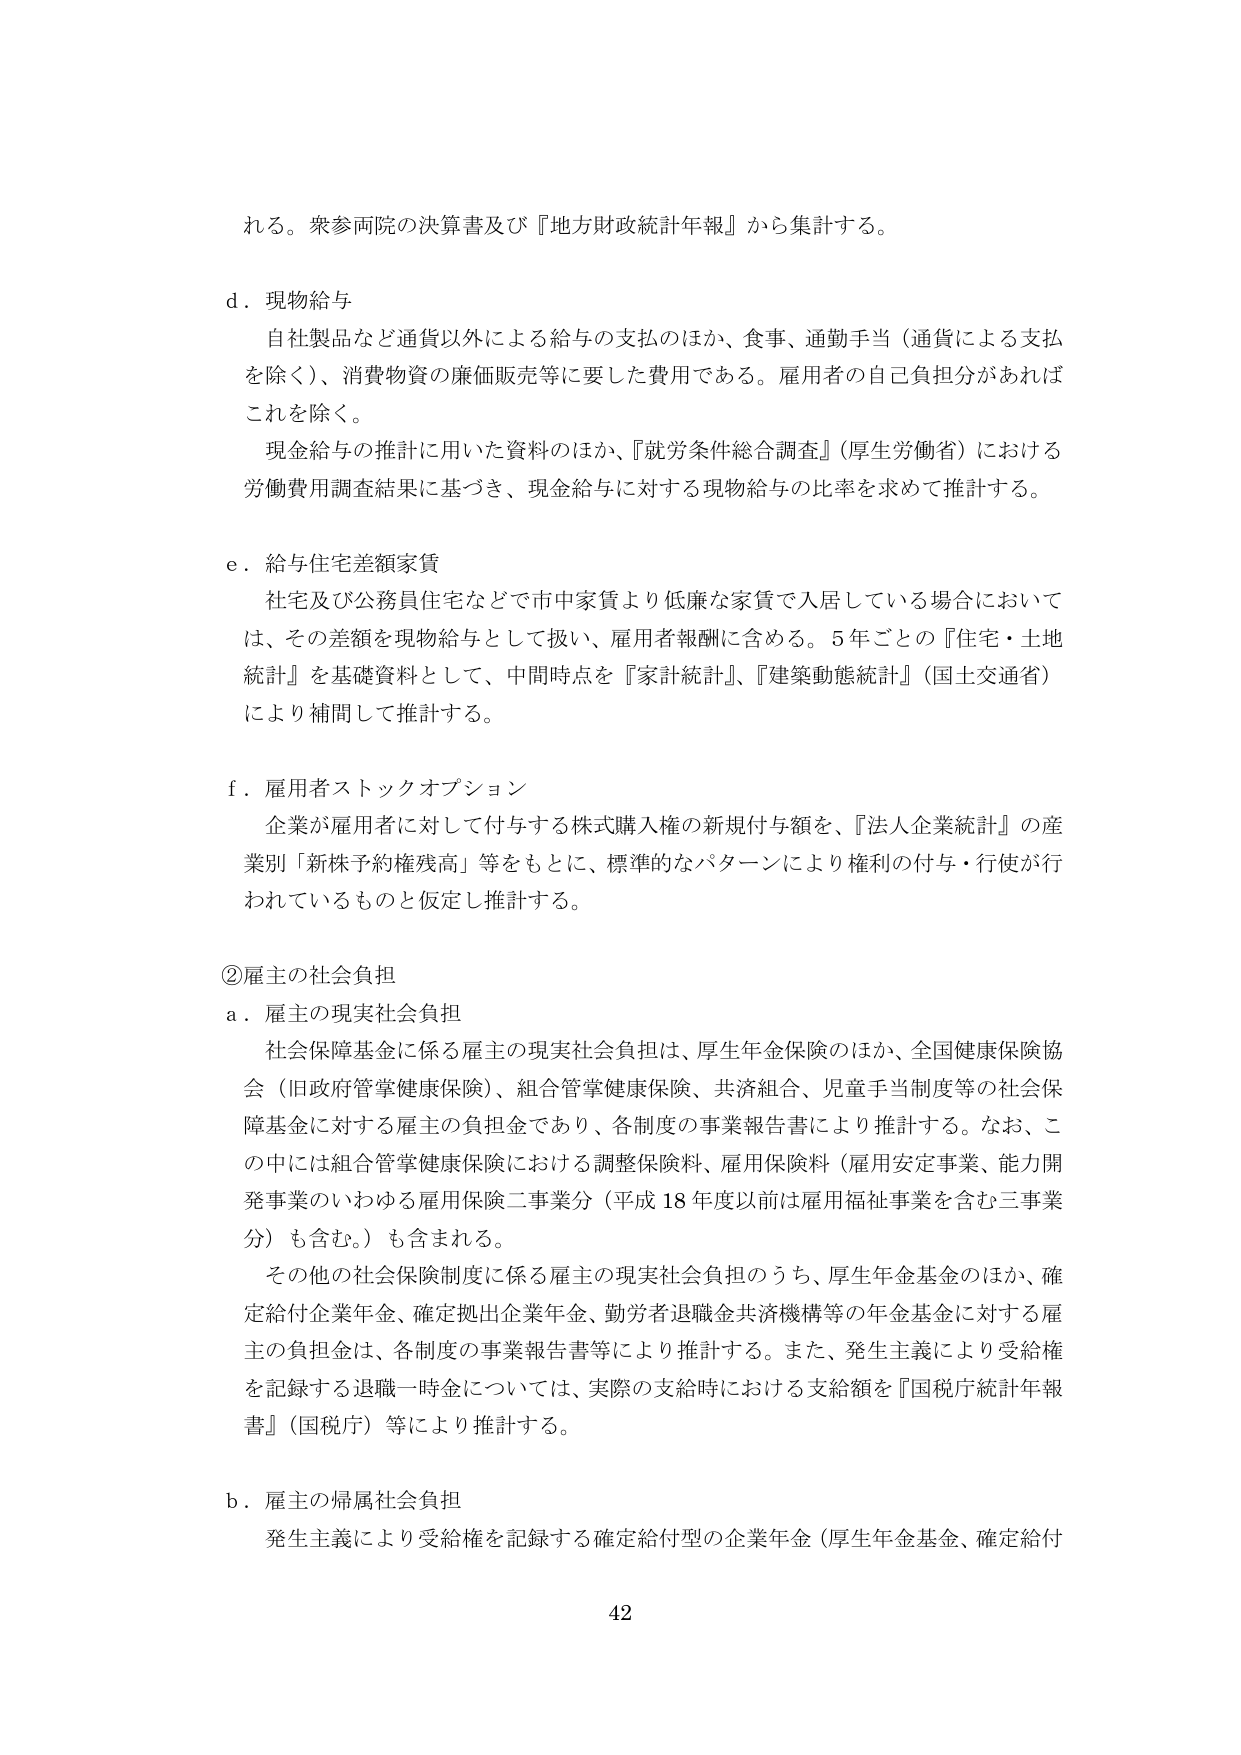
れる。衆参両院の決算書及び『地方財政統計年報』から集計する。

d．現物給与
　自社製品など通貨以外による給与の支払のほか、食事、通勤手当（通貨による支払を除く）、消費物資の廉価販売等に要した費用である。雇用者の自己負担分があればこれを除く。
　現金給与の推計に用いた資料のほか、『就労条件総合調査』（厚生労働省）における労働費用調査結果に基づき、現金給与に対する現物給与の比率を求めて推計する。

e．給与住宅差額家賃
　社宅及び公務員住宅などで市中家賃より低廉な家賃で入居している場合においては、その差額を現物給与として扱い、雇用者報酬に含める。5年ごとの『住宅・土地統計』を基礎資料として、中間時点を『家計統計』、『建築動態統計』（国土交通省）により補間して推計する。

f．雇用者ストックオプション
　企業が雇用者に対して付与する株式購入権の新規付与額を、『法人企業統計』の産業別「新株予約権残高」等をもとに、標準的なパターンにより権利の付与・行使が行われているものと仮定し推計する。

②雇主の社会負担
a．雇主の現実社会負担
　社会保障基金に係る雇主の現実社会負担は、厚生年金保険のほか、全国健康保険協会（旧政府管掌健康保険）、組合管掌健康保険、共済組合、児童手当制度等の社会保障基金に対する雇主の負担金であり、各制度の事業報告書により推計する。なお、この中には組合管掌健康保険における調整保険料、雇用保険料（雇用安定事業、能力開発事業のいわゆる雇用保険二事業分（平成18年度以前は雇用福祉事業を含む三事業分）も含む。）も含まれる。
　その他の社会保険制度に係る雇主の現実社会負担のうち、厚生年金基金のほか、確定給付企業年金、確定拠出企業年金、勤労者退職金共済機構等の年金基金に対する雇主の負担金は、各制度の事業報告書等により推計する。また、発生主義により受給権を記録する退職一時金については、実際の支給時における支給額を『国税庁統計年報』（国税庁）等により推計する。

b．雇主の帰属社会負担
　発生主義により受給権を記録する確定給付型の企業年金（厚生年金基金、確定給付

42